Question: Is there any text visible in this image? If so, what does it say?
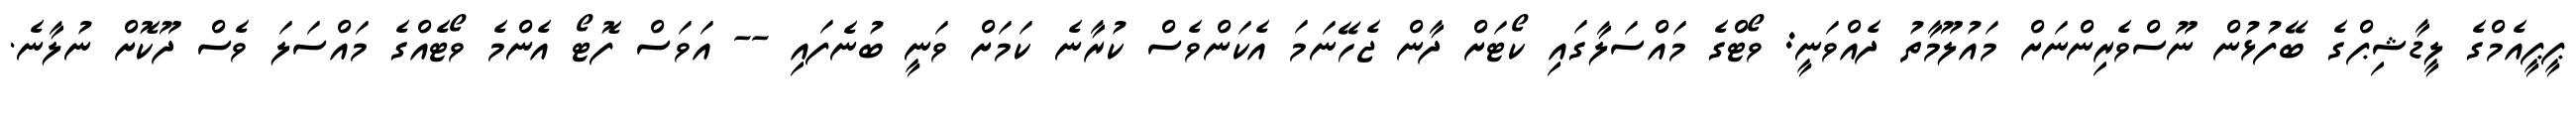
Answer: ޕީޕީއެމްގެ ލީޑާޝިޕްގެ ބޭފުޅުން ނޫސްވެރިންނަށް މައުލޫމާތު ދެއްވަނީ: ވޯޓްގެ މައްސަލާގައި ކޯޓަށް ދާން ޖެހޭނަމަ އެކަންވެސް ކުރާނެ ކަމަށް ވަނީ ބުނެފައި -- އަވަސް ފޮޓޯ އެންމެ ވޯޓެއްގެ މައްސަލަ ވެސް ދޫކޮށް ނުލާނެ.